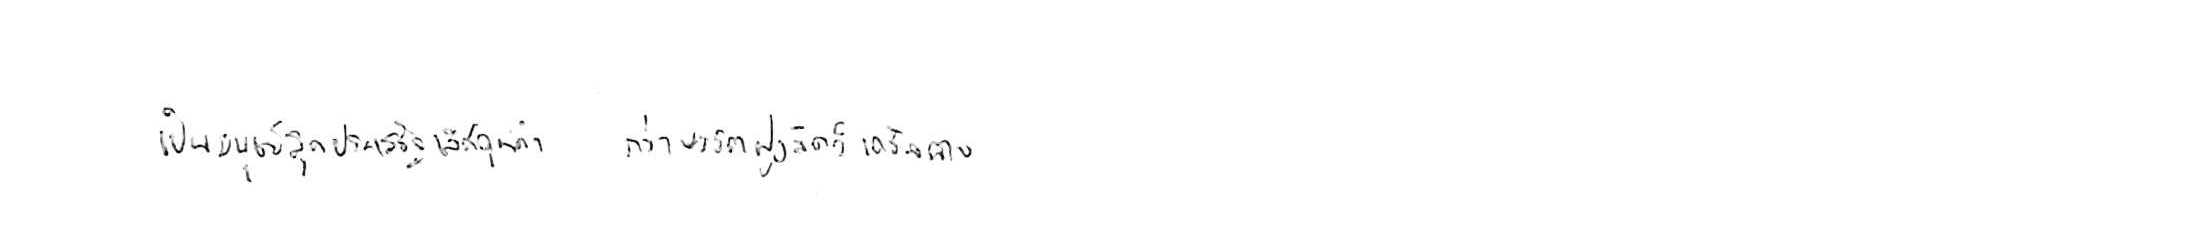
เป็นมนุษย์สุดประเสริฐเลิศคุณค่า กว่าบรรดาฝูงสัตว์เดรัจฉาน